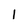
Character: 1